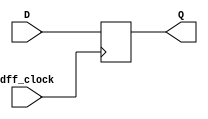
`timescale 1ns / 1ps

module one_dff(
    input dff_clock,input D, output reg Q
    );
    
    always @(posedge dff_clock) begin
        Q <= D;
    end
endmodule